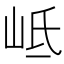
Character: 岻